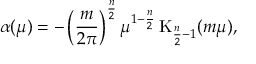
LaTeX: \alpha ( \mu ) = - \left( \frac { m } { 2 \pi } \right) ^ { \frac { n } 2 } \mu ^ { 1 - \frac { n } 2 } \, \mathrm { K } _ { \frac { n } 2 - 1 } ( m \mu ) ,